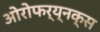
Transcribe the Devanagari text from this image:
ओरोफर्य्नक्स